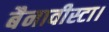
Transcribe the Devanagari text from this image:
बैनावीस्टा।